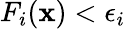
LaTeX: F_{i}(\mathbf{x})<\epsilon_{i}